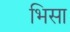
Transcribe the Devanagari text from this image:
भिसा